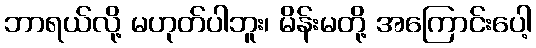
ဘာရယ်လို့ မဟုတ်ပါဘူး၊ မိန်းမတို့ အကြောင်းပေါ့